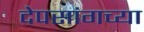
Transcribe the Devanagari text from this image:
देपसांगच्या